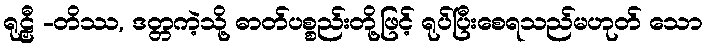
ရုဠှီ -တိဿ, ဒတ္တကဲ့သို့ ဓာတ်ပစ္စည်းတို့ဖြင့် ရုပ်ပြီးစေရသည်မဟုတ် သော